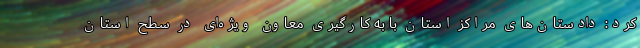
کرد: دادستان‌های مراکز استان با به کارگیری معاون ویژه‌ای در سطح استان